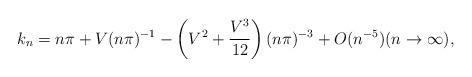
LaTeX: \begin{align*} k_n = n\pi + V(n\pi)^{-1}-\left(V^2+\frac{V^3}{12}\right)(n\pi)^{-3}+ O (n^{-5})(n\to \infty),\end{align*}